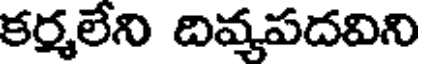
కర్మలేని దివ్యపదవిని